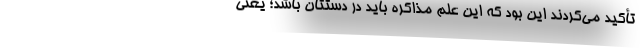
تأکید می‌کردند این بود که این عَلَم مذاکره باید در دستتان باشد؛ یعنی